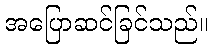
အပြောဆင်ခြင်သည်။